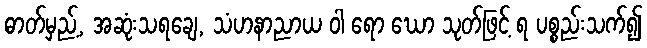
ဓာတ်မှည့်, အဆုံးသရချေ, သံဟနာညာယ ဝါ ရော ဃော သုတ်ဖြင့် ရ ပစ္စည်းသက်၍